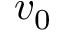
v _ { 0 }